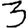
Digit: 3